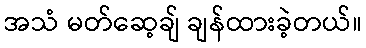
အသံ မတ်ဆေ့ချ် ချန်ထားခဲ့တယ်။